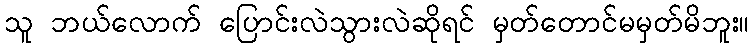
သူ ဘယ်လောက် ပြောင်းလဲသွားလဲဆိုရင် မှတ်တောင်မမှတ်မိဘူး။